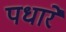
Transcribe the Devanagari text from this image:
पधारें